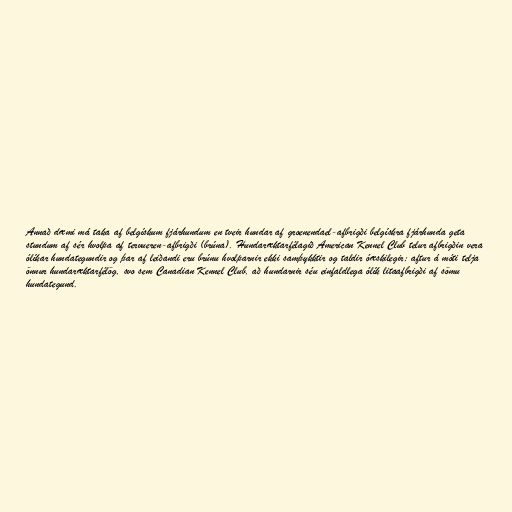
Annað dæmi má taka af belgískum fjárhundum en tveir hundar af groenendael-afbrigði belgískra fjárhunda geta
stundum af sér hvolpa af tervueren-afbrigði (brúna). Hundaræktarfélagið American Kennel Club telur afbrigðin vera
ólíkar hundategundir og þar af leiðandi eru brúnu hvolparnir ekki samþykktir og taldir óæskilegir; aftur á móti telja
önnur hundaræktarfélög, svo sem Canadian Kennel Club, að hundarnir séu einfaldlega ólík litaafbrigði af sömu
hundategund.